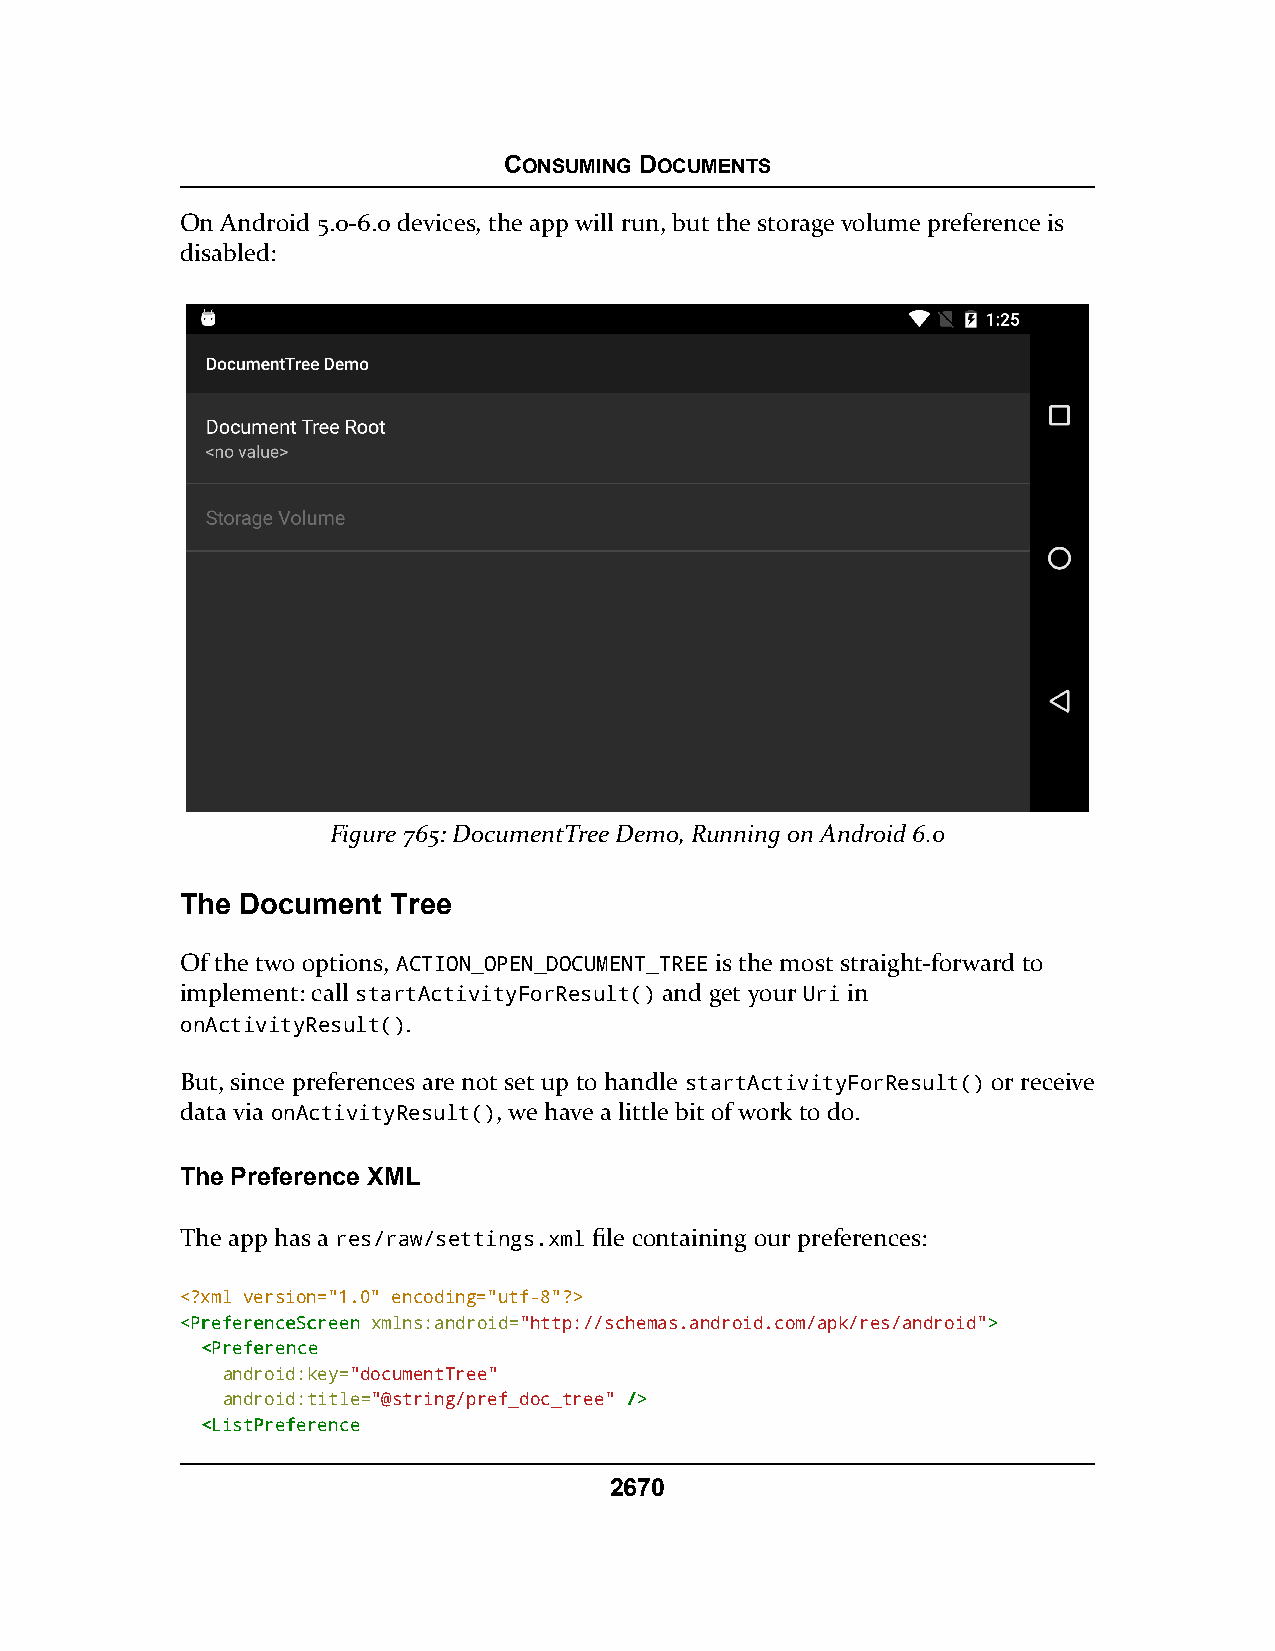
CONSUMING DOCUMENTS
 On Android 5.0-6.0 devices, the app will run, but the storage volume preference is
 disabled:
 Figure 765: DocumentTree Demo, Running on Android 6.0
 The Document  Tree
 Of the two options, ACTION_OPEN_DOCUMENT_TREE is the most straight-forward to
 implement: call startActivityForResult() and get your Uri in
 onActivityResult().
 But, since preferences are not set up to handle startActivityForResult() or receive
 data via onActivityResult(), we have a little bit of work to do.
 The Preference XML
 The app has a res/raw/settings.xml file containing our preferences:
 <?xml version="1.0" encoding="utf-8"?>
 <<PPrreeffeerreenncceeSSccrreeeenn xmlns:android="http://schemas.android.com/apk/res/android">>
 <<PPrreeffeerreennccee
 android:key="documentTree"
 android:title="@string/pref_doc_tree" //>>
 <<LLiissttPPrreeffeerreennccee
 2670